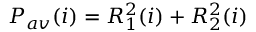
P _ { a v } ( i ) = R _ { 1 } ^ { 2 } ( i ) + R _ { 2 } ^ { 2 } ( i )